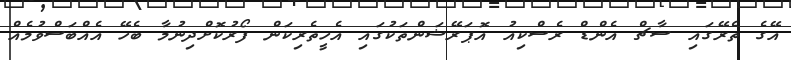
އޭގެ ތެރޭގައި ސާޗް އެންޑް ރެސްކިއު އޮޕަރޭޝަންތަކުގައި އެހީތެރިކަން ފޯރުކޮށްދިނުމާ ބެހޭ އެއްބަސްވުމެއް